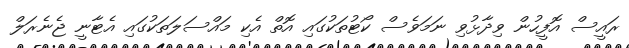
ރައީސް އޮފީހުން ވިދާޅުވި ނަމަވެސް ކޯޓުތަކުގައި އޮތް އެކި މައްސަލަތަކުގައި އެޓާނީ ޖެނެރަލް